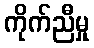
ကိုက်ညီမှု